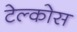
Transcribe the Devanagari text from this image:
टेल्कोस